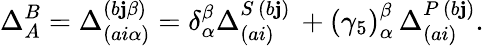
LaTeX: \Delta_{A}^{B}=\Delta_{\left(ai\alpha\right)}^{\left(b\mathbf{j}\beta\right)}=\delta_{\alpha}^{\beta}\Delta_{\left(ai\right)}^{S\, \left(b\mathbf{j}\right)}\, +\left(\gamma_{5}\right)_{\alpha}^{\beta}\, \Delta_{\left(ai\right)}^{P\, \left(b\mathbf{j}\right)}.